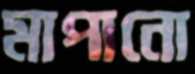
মাপানো